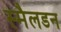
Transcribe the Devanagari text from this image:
स्मैलडन